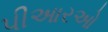
પીઆરઓ